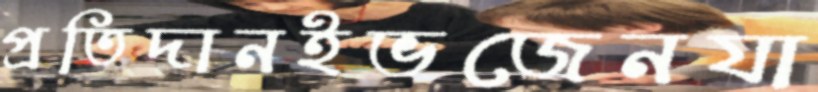
প্রতিদানইভজেনযা